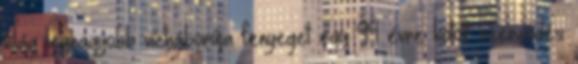
világ legnagyobb vízháborúja fenyeget egy 99 évre kötött szerződés